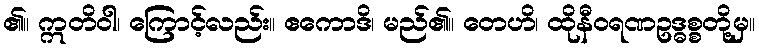
၏။ ဣတိဝါ၊ ကြောင့်လည်း။ ဧကောဒိ၊ မည်၏။ တေဟိ၊ ထိုနီဝရဏဥဒ္ဓစ္စတို့မှ။